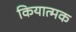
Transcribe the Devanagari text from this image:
कियात्मक